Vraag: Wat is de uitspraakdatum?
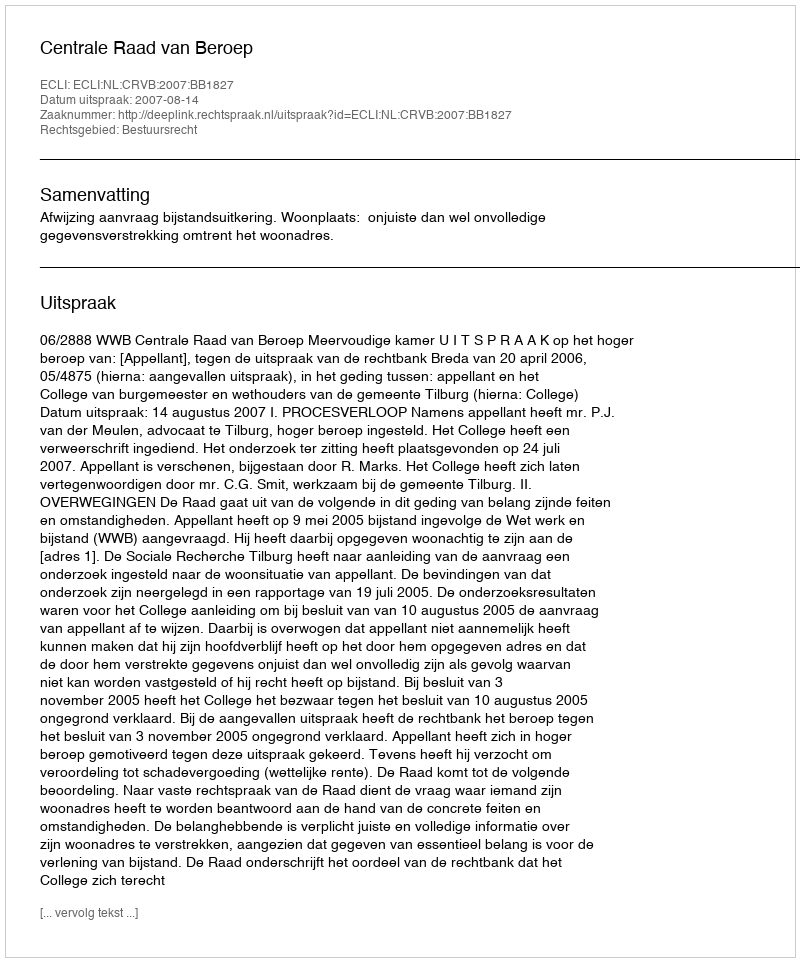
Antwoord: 2007-08-14